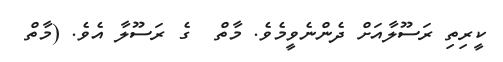
ކީރިތި ރަސޫލާއަށް ދެންނެވީމެވެ. މާތް  ގެ ރަސޫލާ އެވެ. (މާތް